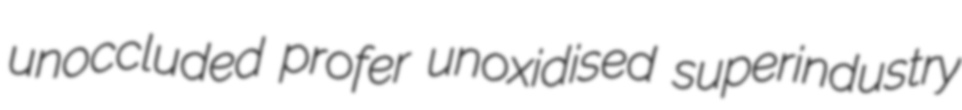
unoccluded profer unoxidised superindustry